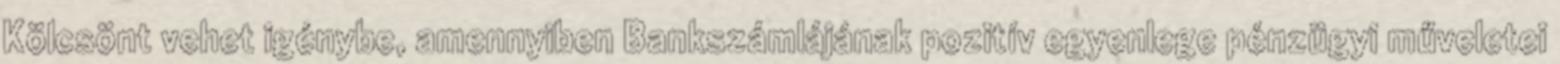
Kölcsönt vehet igénybe, amennyiben Bankszámlájának pozitív egyenlege pénzügyi műveletei